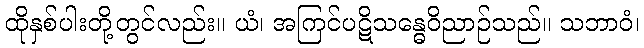
ထိုနှစ်ပါးတို့တွင်လည်း။ ယံ၊ အကြင်ပဋိသန္ဓေဝိညာဉ်သည်။ သဘာဝံ၊